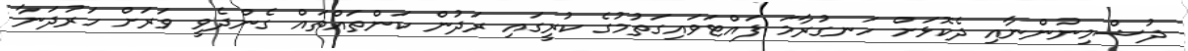
ދުޝްމިނުންނާއި ދެކޮޅަށް ހަނގުރާމަ ފައްޓަވައިގަތުމުގެ ކުރީގައި ރަދުން ކަންތައްތައް ގެންދެވީ ވަރަށް ހަރުދަނާ